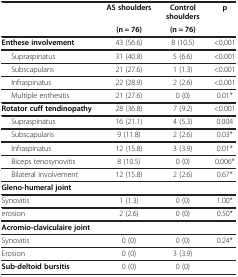
<table><thead><tr><td rowspan="2"><b> </b></td><td><b>AS shoulders</b></td><td><b>Control shoulders</b></td><td rowspan="2"><b>p</b></td></tr><tr><td><b>(n = 76)</b></td><td><b>(n = 76)</b></td></tr></thead><tbody><tr><td><b>Enthese involvement</b></td><td>43 (56.6)</td><td>8 (10.5)</td><td>&lt;0,001</td></tr><tr><td>Supraspinatus</td><td>31 (40.8)</td><td>5 (6.6)</td><td>&lt;0.001</td></tr><tr><td>Subscapularis</td><td>21 (27.6)</td><td>1 (1.3)</td><td>&lt;0.001</td></tr><tr><td>Infraspinatus</td><td>22 (28.9)</td><td>2 (2.6)</td><td>&lt;0.001</td></tr><tr><td>Multiple enthesitis</td><td>21 (27.6)</td><td>0 (0)</td><td>0.01*</td></tr><tr><td><b>Rotator cuff tendinopathy</b></td><td>28 (36.8)</td><td>7 (9.2)</td><td>&lt;0.001</td></tr><tr><td>Supraspinatus</td><td>16 (21.1)</td><td>4 (5.3)</td><td>0.004</td></tr><tr><td>Subscapularis</td><td>9 (11.8)</td><td>2 (2.6)</td><td>0.03*</td></tr><tr><td>Infraspinatus</td><td>12 (15.8)</td><td>3 (3.9)</td><td>0.01*</td></tr><tr><td>Biceps tenosynovitis</td><td>8 (10.5)</td><td>0 (0)</td><td>0.006*</td></tr><tr><td>Bilateral involvement</td><td>12 (15.8)</td><td>2 (2.6)</td><td>0.67*</td></tr><tr><td><b>Gleno-humeral joint</b></td><td> </td><td> </td><td> </td></tr><tr><td>Synovitis</td><td>1 (1.3)</td><td>0 (0)</td><td>1.00*</td></tr><tr><td>erosion</td><td>2 (2.6)</td><td>0 (0)</td><td>0.50*</td></tr><tr><td><b>Acromio-claviculaire joint</b></td><td> </td><td> </td><td> </td></tr><tr><td>Synovitis</td><td>0 (0)</td><td>0 (0)</td><td>0.24*</td></tr><tr><td>Erosion</td><td>0 (0)</td><td>3 (3.9)</td><td> </td></tr><tr><td><b>Sub-deltoid bursitis</b></td><td>0 (0)</td><td>0 (0)</td><td> </td></tr></tbody></table>